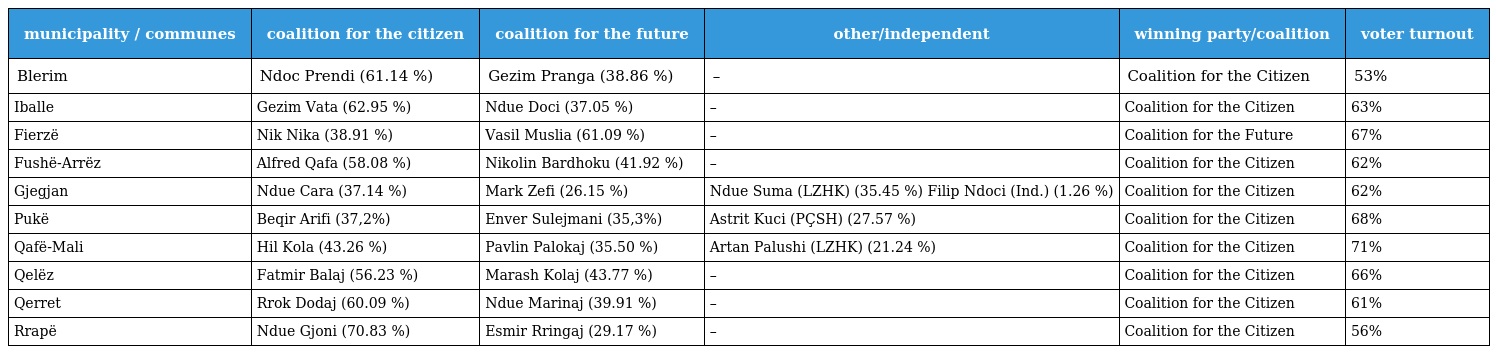
| municipality / communes | coalition for the citizen | coalition for the future | other/independent | winning party/coalition | voter turnout |
 | --- | --- | --- | --- | --- | --- |
 | Blerim | Ndoc Prendi (61.14 %) | Gezim Pranga (38.86 %) | – | Coalition for the Citizen | 53% |
 | Iballe | Gezim Vata (62.95 %) | Ndue Doci (37.05 %) | – | Coalition for the Citizen | 63% |
 | Fierzë | Nik Nika (38.91 %) | Vasil Muslia (61.09 %) | – | Coalition for the Future | 67% |
 | Fushë-Arrëz | Alfred Qafa (58.08 %) | Nikolin Bardhoku (41.92 %) | – | Coalition for the Citizen | 62% |
 | Gjegjan | Ndue Cara (37.14 %) | Mark Zefi (26.15 %) | Ndue Suma (LZHK) (35.45 %) Filip Ndoci (Ind.) (1.26 %) | Coalition for the Citizen | 62% |
 | Pukë | Beqir Arifi (37,2%) | Enver Sulejmani (35,3%) | Astrit Kuci (PÇSH) (27.57 %) | Coalition for the Citizen | 68% |
 | Qafë-Mali | Hil Kola (43.26 %) | Pavlin Palokaj (35.50 %) | Artan Palushi (LZHK) (21.24 %) | Coalition for the Citizen | 71% |
 | Qelëz | Fatmir Balaj (56.23 %) | Marash Kolaj (43.77 %) | – | Coalition for the Citizen | 66% |
 | Qerret | Rrok Dodaj (60.09 %) | Ndue Marinaj (39.91 %) | – | Coalition for the Citizen | 61% |
 | Rrapë | Ndue Gjoni (70.83 %) | Esmir Rringaj (29.17 %) | – | Coalition for the Citizen | 56% |